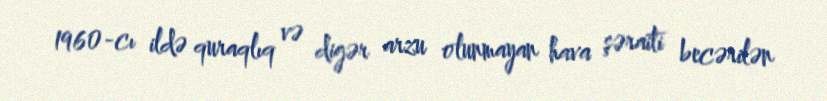
1960-cı ildə quraqlıq və digər arzu olunmayan hava şəraiti becərilən